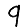
Digit: 9